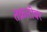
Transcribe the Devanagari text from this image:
तक्रारींवर